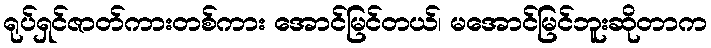
ရုပ်ရှင်ဇာတ်ကားတစ်ကား အောင်မြင်တယ်၊ မအောင်မြင်ဘူးဆိုတာက